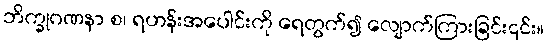
ဘိက္ခုဂဏနာ စ၊ ရဟန်းအပေါင်းကို ရေတွက်၍ လျောက်ကြားခြင်း၎င်း။